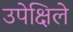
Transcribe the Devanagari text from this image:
उपेक्षिले